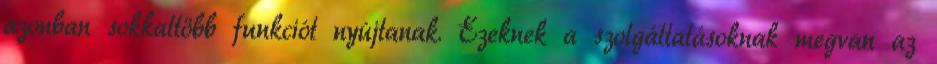
azonban sokkaltöbb funkciót nyújtanak. Ezeknek a szolgáltatásoknak megvan az